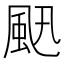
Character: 𩖜